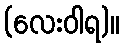
(လေးဝါရ)။